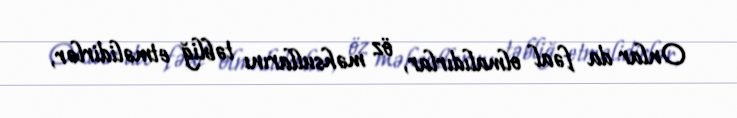
Onlar da fəal olmalıdırlar, öz məhsullarını təbliğ etməlidirlər,